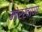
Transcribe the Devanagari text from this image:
मोरखाणा